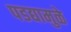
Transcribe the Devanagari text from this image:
पडद्यामुळे